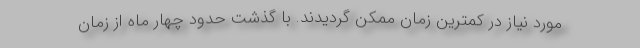
مورد نیاز در کمترین زمان ممکن گردیدند. با گذشت حدود چهار ماه از زمان